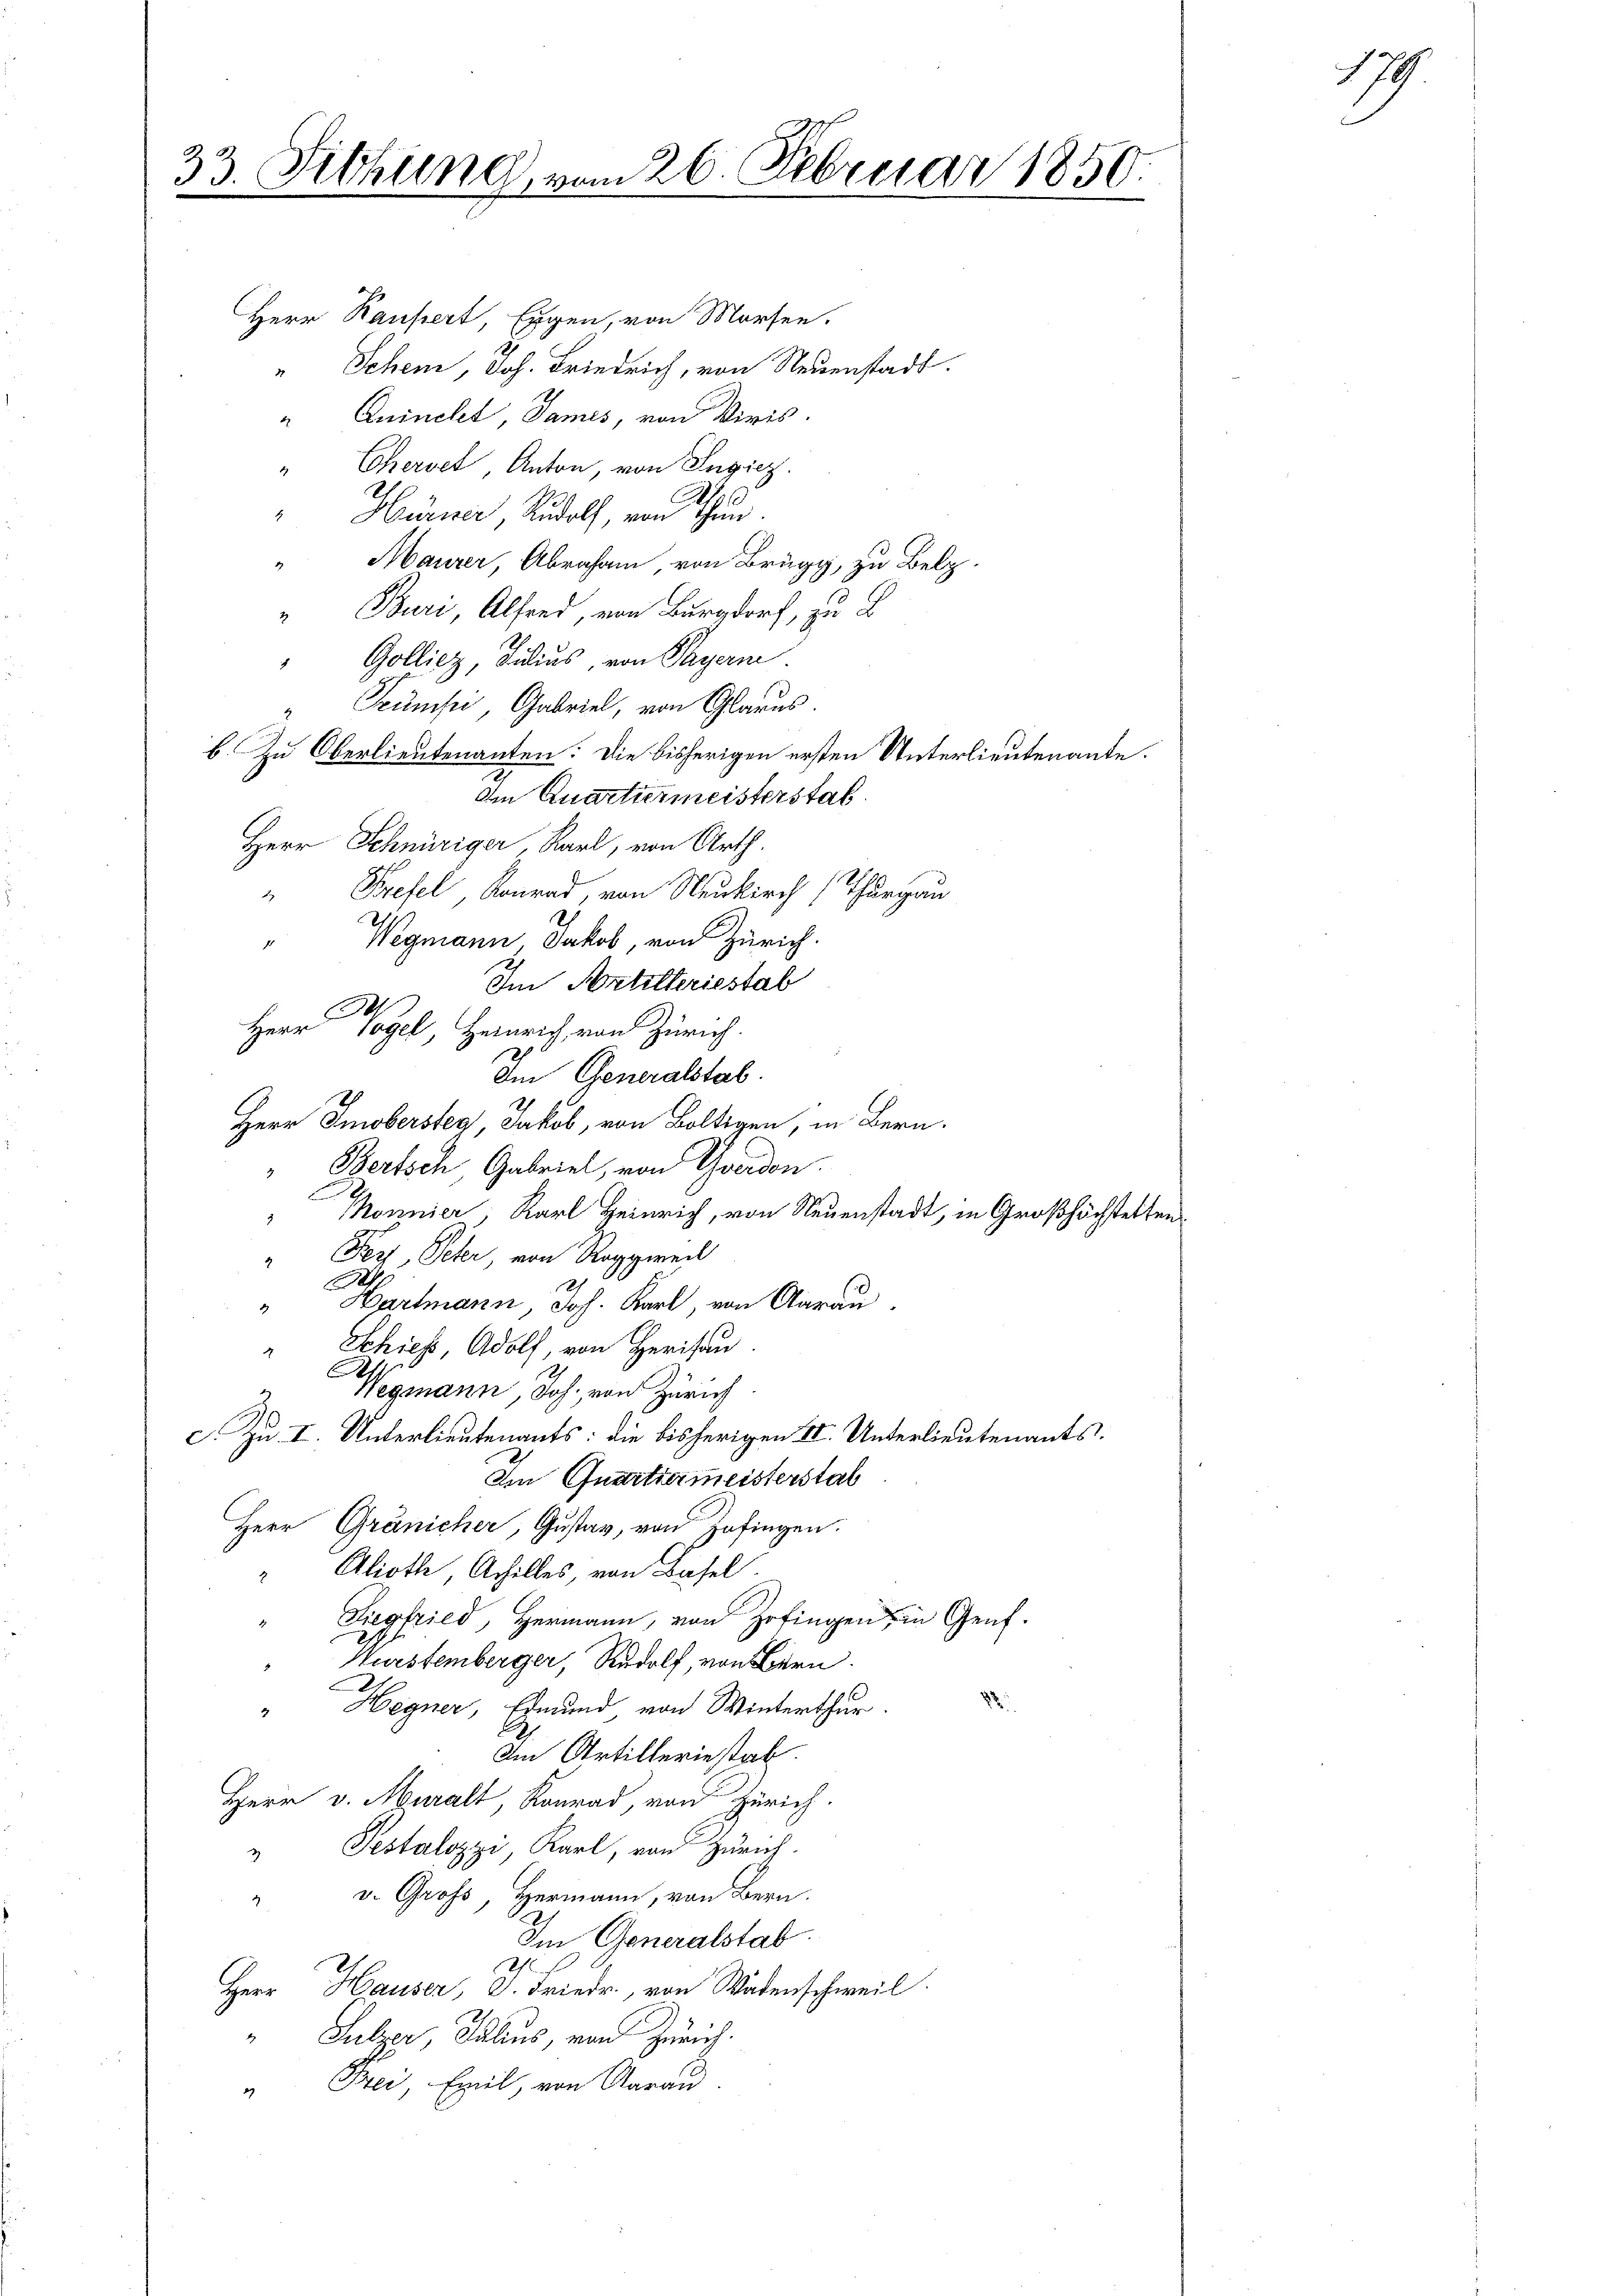
33. Fichung vom 26. Februar 1850.

Herr Kaufert, Eigen, von Morsten.
Schein, Joh. Friedrich, von Neuenstadt.
Quincles James, von Viris.
4
" Cherset, Anton, von Ingicz.
"Hürner, Rudolf, von Thun.
“ Maurer, Abraham, von Brugg, zu Belz¬
"Buri Alfred, von Burgdorf, zu B
Golliez, Julius, von Payern
Seumsei, Gabriel, von Glarus.
b. Zu Oberlieutenanten: Die bisherigen ersten Unterlieutenante.
den Quartiermeisterstat
Herr Schnüriger Karl, von Arth.
Prefel, Konrad, von Neukirch (Thurgau
"Wegmann Jakob, von Zürich.
Im Artilleriestab
A
Herr Vogel, Heinrich, von Zürich.
Im Generalstab.
Herr Emobersteg, Jakob, von Boltigen, in Bern.
Bertsch, Gabriel, von Greiden.
Mornier, Karl Heinrich, von Neuenstadt, in Großhöchstetten
"Fer, Peter, von Roggweil
S
Hartmann Joh. Karl, von Aarau
4
" Schiess, Adolf, von Herisau
.
Hegenann, Joh. von Zürich
c. Zu I. Unterlieutenants: die bisherigen II. Unterlieutenants.
Im Quartiermeisterstab
Herr Gränicher, Gustav, von Zofingen.
Aliothe, Achilles, von Basel.
Siegfried, Hermann, von Zofingen in Genf.
Würstemberger, Rudolf von Bern.
Hegner, Ermund von Winterthur
Im Artilleriestab.
Herr v. Muralt, Konrad, von Zürich.
Pestalozzi, Karl, von Zürich.
v. Gross, Hermann, von Bern.
4
Im Generalstab.
2
Herr Hauser, D. Friedr., von Wadenschweil.
" Guber, Julius, von Zürich.
" Frei, Emil, von Aarau

17